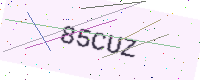
Text: 85CUZ